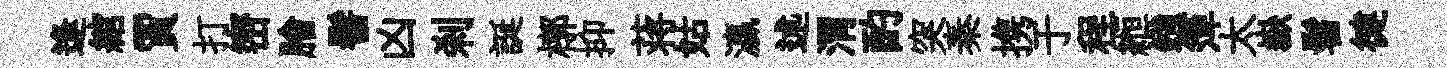
逢綰賈打密膾髻凶刹誕槨抑蒋姑瀛述渭酌突秦携于程縆鏹𥱼太嶽髫徤